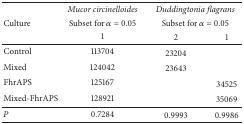
|  | Mucor circinelloides | <COLSPAN=2> Duddingtonia flagrans |
 | Culture | Subset for α = 0.05 | <COLSPAN=2> Subset for α = 0.05 |
 |  | 1 | 2 | 1 |
 | --- | --- | --- | --- |
 | Control | 113704 | 23204 |  |
 | Mixed | 124042 | 23643 |  |
 | FhrAPS | 125167 |  | 34525 |
 | Mixed-FhrAPS | 128921 |  | 35069 |
 | P | 0.7284 | 0.9993 | 0.9986 |